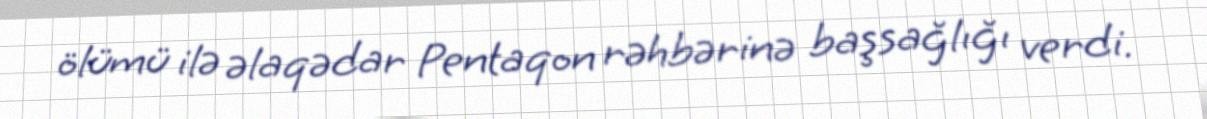
ölümü ilə əlaqədar Pentaqon rəhbərinə başsağlığı verdi.